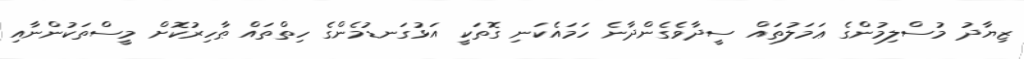
ޒިޔާދު މުސްލިމުންގެ ޢަމަލުތައް ސީދާވެގެންދާނެ ހަމައެކަނި ގޮތަކީ އަޅުގަނޑުމެންގެ ހިތްތައް ޠާހިރުކޮށް މީސްތަކުންނާއި